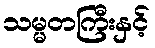
သမ္မတကြီးနှင့်